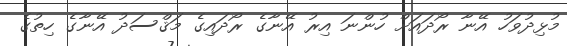
މުޅިދުވަހު އޭނާ ރޯދައަށް ހުންނަ އިރު އޭނާގެ ރޯދައިގެ މަޤްސަދު އޭނާގެ ހިތުގެ